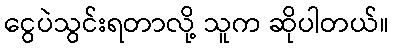
ငွေပဲသွင်းရတာလို့ သူက ဆိုပါတယ်။